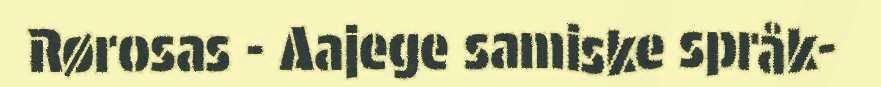
Rørosas - Aajege samiske språk-